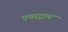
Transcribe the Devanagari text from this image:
एयरट्रान